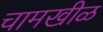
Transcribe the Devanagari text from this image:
चामखीळ